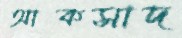
আকসাদ